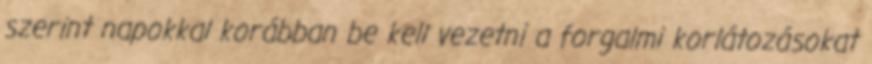
szerint napokkal korábban be kell vezetni a forgalmi korlátozásokat